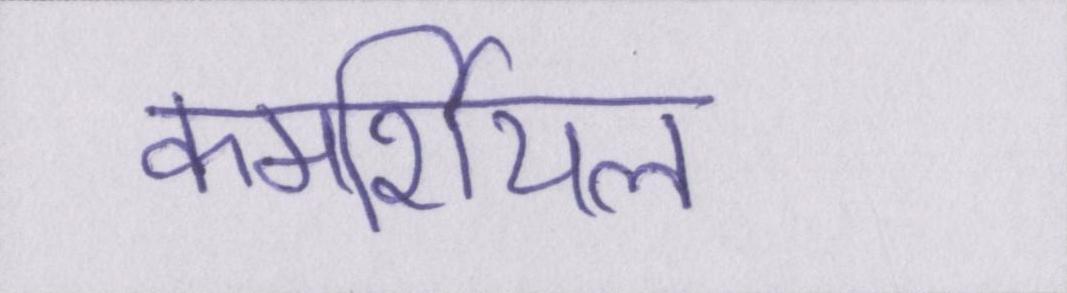
कमर्शियल